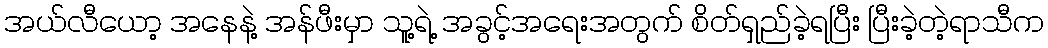
အယ်လီယော့ အနေနဲ့ အန်ဖီးမှာ သူ့ရဲ့ အခွင့်အရေးအတွက် စိတ်ရှည်ခဲ့ရပြီး ပြီးခဲ့တဲ့ရာသီက